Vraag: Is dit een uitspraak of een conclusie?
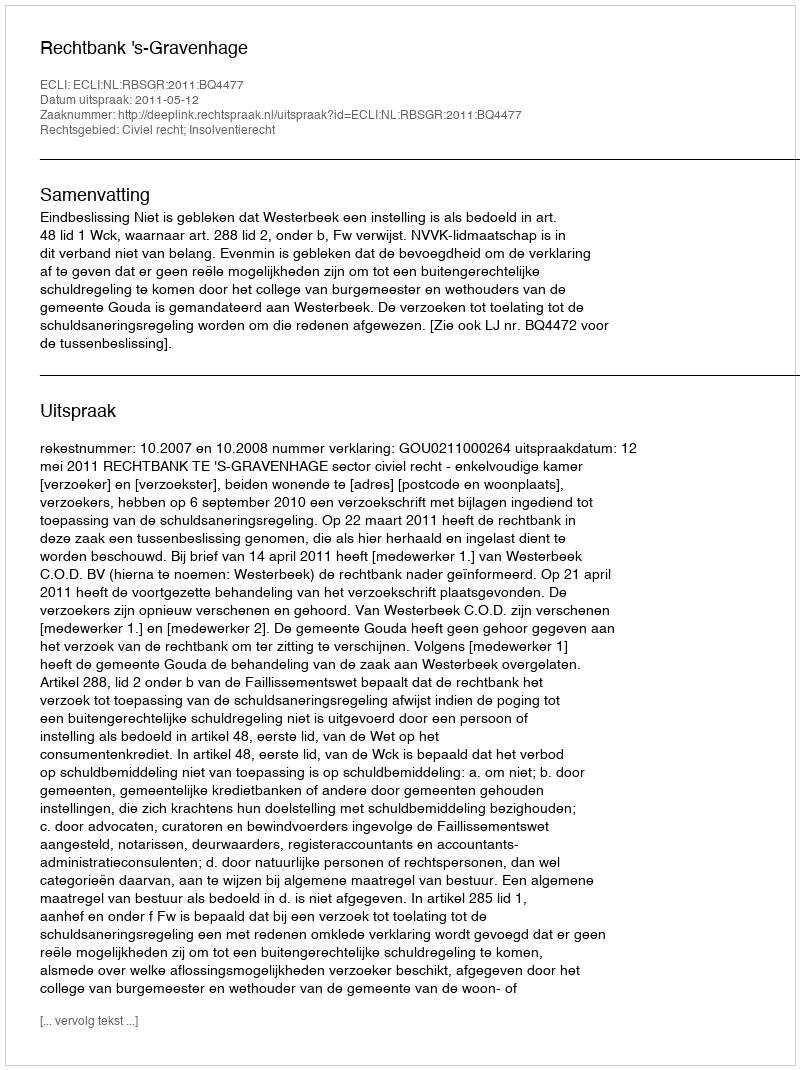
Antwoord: Uitspraak